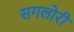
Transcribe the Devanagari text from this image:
सगलोरी